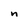
Character: n